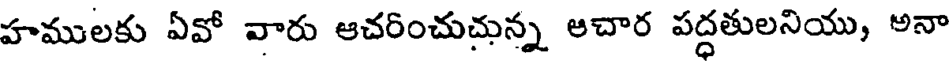
హములకు ఏవో వారు ఆచరించుచున్న అచార పద్ధతులనియు, అనా